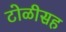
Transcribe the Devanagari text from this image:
टोळीसह